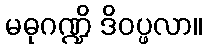
မဓုဂဏ္ဍိ ဒိဝပ္ဖလာ။